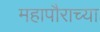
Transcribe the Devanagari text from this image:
महापौराच्या